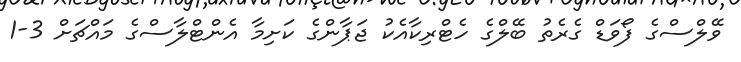
ވޭލްސްގެ ފޯވަޑް ގެރެތު ބޭލްގެ ހެޓްރިކާއެކު ޖަޕާންގެ ކަށިމާ އެންޓްލާސްގެ މައްޗަށް 3-1